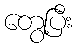
တွေ့ပြီး